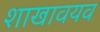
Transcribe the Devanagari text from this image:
शाखावयव